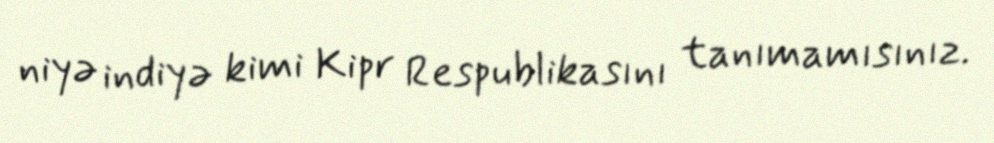
niyə indiyə kimi Kipr Respublikasını tanımamısınız.